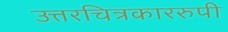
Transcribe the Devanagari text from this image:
उत्तरचित्रकाररुपी